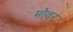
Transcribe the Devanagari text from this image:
मोवर